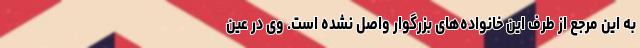
به این مرجع از طرف این خانواده‌های بزرگوار واصل نشده است. وی در عین